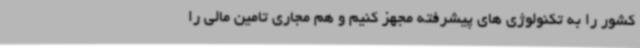
کشور را به تکنولوژی های پیشرفته مجهز کنیم و هم مجاری تامین مالی را